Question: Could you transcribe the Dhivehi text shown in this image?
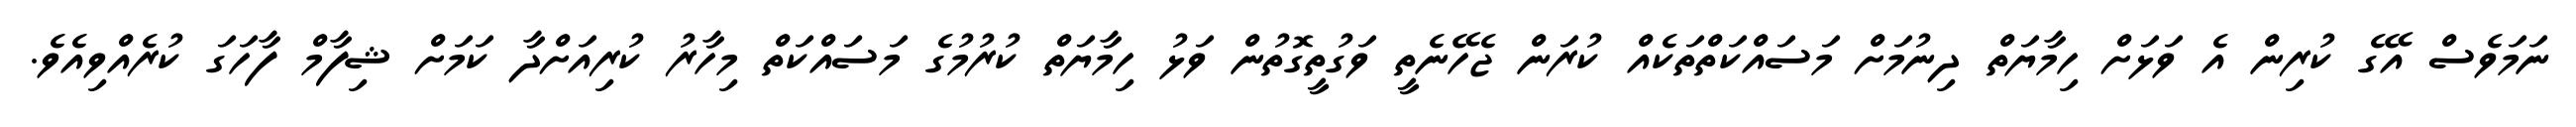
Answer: ނަމަވެސް އޭގެ ކުރިން އެ ވަޅަށް ހިމާޔަތް ދިނުމަށް މަސައްކަތްތަކެއް ކުރަން ޖެހޭނެތީ ވަގުތީގޮތުން ވަޅު ހިމާޔަތް ކުރުމުގެ މަސައްކަތް މިހާރު ކުރިއަށްދާ ކަމަށް ޝިފާމް ފާހަގަ ކުރެއްވިއެވެ.